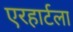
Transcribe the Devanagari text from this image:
एरहार्टला